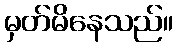
မှတ်မိနေသည်။